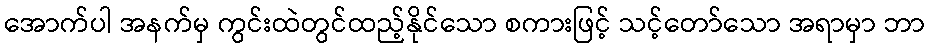
အောက်ပါ အနက်မှ ကွင်းထဲတွင်ထည့်နိုင်သော စကားဖြင့် သင့်တော်သော အရာမှာ ဘာ